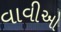
વાવીઓ